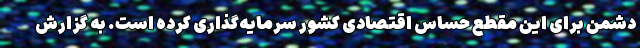
دشمن برای این مقطع حساس اقتصادی کشور سرمایه‌گذاری کرده است. به گزارش